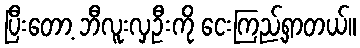
ပြီးတော့ ဘီလူးလှဦးကို ငေးကြည့်ရှာတယ်။